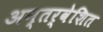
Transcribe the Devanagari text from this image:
अन्तर्वेशित